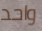
واحد